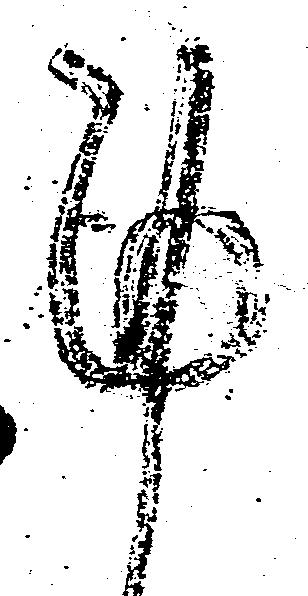
謹